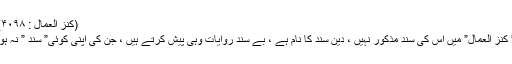
(کنز العمال : ۴۰۹۸)
” کنز العمال” میں اس کی سند مذکور نہیں ، دین سند کا نام ہے ، بے سند روایات وہی پیش کرتے ہیں ، جن کی اپنی کوئی” سند ” نہ ہو۔